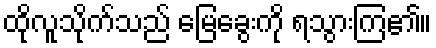
ထိုလူသိုက်သည် မြေခွေးကို ရသွားကြ၏။